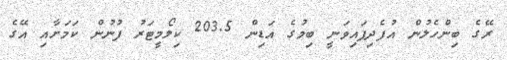
ރޭގެ ބިންހެލުން އުފެދިފައިވަނީ ބިމުގެ އަޑިން 203.5 ކިލޯމީޓަރު ފުނުން ކަމަށާއި އޭގެ